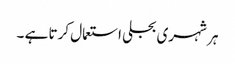
ہر شہری بجلی استعمال کرتا ہے ۔